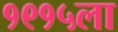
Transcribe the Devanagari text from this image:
१९१५ला